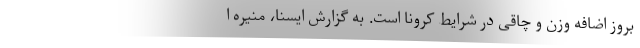
بروز اضافه وزن و چاقی در شرایط کرونا است. به گزارش ایسنا، منیره ا